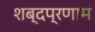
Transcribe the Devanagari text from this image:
शब्दप्रणाम